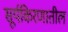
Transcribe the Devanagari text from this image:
सूर्यकिरणातील